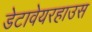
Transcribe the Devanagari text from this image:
डेटावेयरहाउस